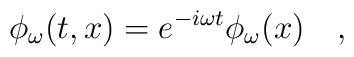
\phi_{\omega}(t,x)=e^{-i\omega t}\phi_{\omega}(x)~~~,